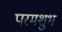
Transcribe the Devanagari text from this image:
परमशुभ